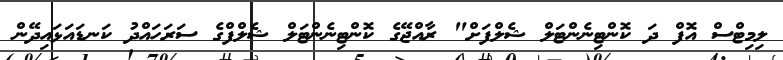
ލިމިޓްސް އޮފް ދަ ކޮންޓިނެންޓަލް ޝެލްފަށް" ރާއްޖޭގެ ކޮންޓިނެންޓަލް ޝެލްފްގެ ސަރަހައްދު ކަނޑައަޅައިދޭން